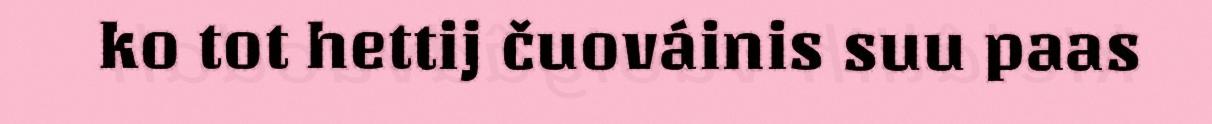
ko tot hettij čuováinis suu paas